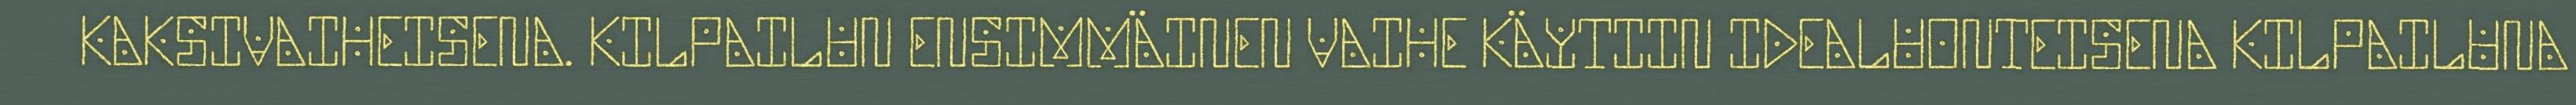
KAKSIVAIHEISENA. KILPAILUN ENSIMMÄINEN VAIHE KÄYTIIN IDEALUONTEISENA KILPAILUNA